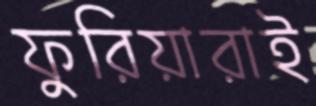
ফুরিয়ারাই